Vaccination North-Western Provinces and Oudh 1878-1895 - 1878-1895
Year: 1878
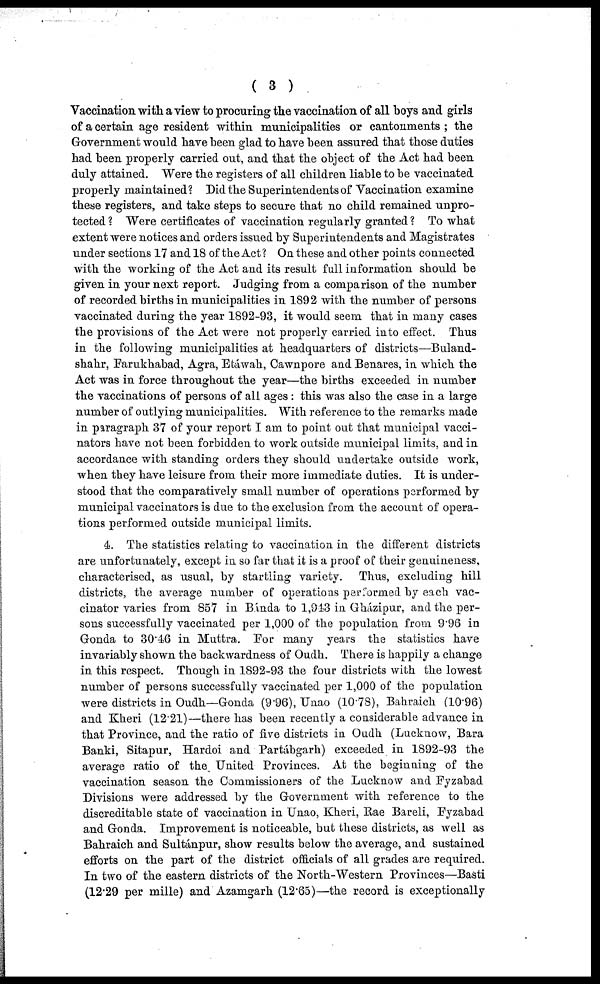
( 3 )
Vaccination with a view to procuring the vaccination of all boys and girls
of a certain age resident within municipalities or cantonments ; the
Government would have been glad to have been assured that those duties
had been properly carried out, and that the object of the Act had been
duly attained. Were the registers of all children liable to be vaccinated
properly maintained? Did the Superintendents of Vaccination examine
these registers, and take steps to secure that no child remained unpro-
tected ? Were certificates of vaccination regularly granted ? To what
extent were notices and orders issued by Superintendents and Magistrates
under sections 17 and 18 of the Act? On these and other points connected
with the working of the Act and its result full information should be
given in your next report. Judging from a comparison of the number
of recorded births in municipalities in 1892 with the number of persons
vaccinated during the year 1892-93, it would seem that in many cases
the provisions of the Act were not properly carried into effect. Thus
in the following municipalities at headquarters of districts—Buland-
shahr, Farukhabad, Agra, Etáwah, Cawnpore and Benares, in which the
Act was in force throughout the year—the births exceeded in number
the vaccinations of persons of all ages : this was also the case in a large
number of outlying municipalities. With reference to the remarks made
in paragraph 37 of your report I am to point out that municipal vacci-
nators have not been forbidden to work outside municipal limits, and in
accordance with standing orders they should undertake outside work,
when they have leisure from their more immediate duties. It is under-
stood that the comparatively small number of operations performed by
municipal vaccinators is due to the exclusion from the account of opera-
tions performed outside municipal limits.
4. The statistics relating to vaccination in the different districts
are unfortunately, except in so far that it is a proof of their genuineness,
characterised, as usual, by startling variety. Thus, excluding hill
districts, the average number of operations performed by each vac-
cinator varies from 857 in Bínda to 1,943 in Gházipur, and the per-
sons successfully vaccinated per 1,000 of the population from 9.96 in
Gonda to 30.46 in Muttra. For many years the statistics have
invariably shown the backwardness of Oudh. There is happily a change
in this respect. Though in 1892-93 the four districts with the lowest
number of persons successfully vaccinated per 1,000 of the population
were districts in Oudh—Gonda (9.96), Unao (10.78), Bahraich (10.96)
and Kheri (12.21)—there has been recently a considerable advance in
that Province, and the ratio of five districts in Oudh (Lucknow, Bara
Banki, Sitapur, Hardoi and Partábgarh) exceeded in 1892-93 the
average ratio of the United Provinces. At the beginning of the
vaccination season the Commissioners of the Lucknow and Fyzabad
Divisions were addressed by the Government with reference to the
discreditable state of vaccination in Unao, Kheri, Rae Bareli, Fyzabad
and Gonda. Improvement is noticeable, but these districts, as well as
Bahraich and Sultánpur, show results below the average, and sustained
efforts on the part of the district officials of all grades are required.
In two of the eastern districts of the North-Western Provinces—Basti
(12.29 per mille) and Azamgarh (12.65)—the record is exceptionally